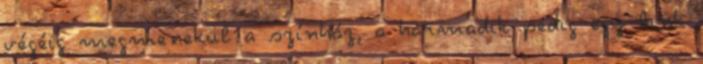
végéig megmenekül a színház, a harmadik pedig egy link